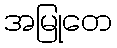
အမြုတေ